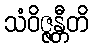
သံဝိဇ္ဇန္တီတိ